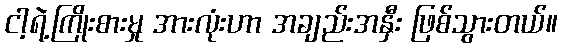
ငါ့ရဲ့ကြိုးစားမှု အားလုံးဟာ အချည်းအနှီး ဖြစ်သွားတယ်။